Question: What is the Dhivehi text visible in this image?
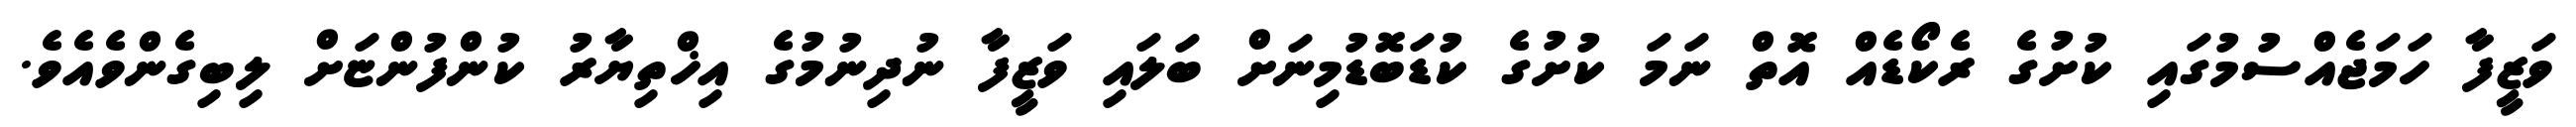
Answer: ވަޒީފާ ހަމަޖެއްސުމުގައި ކުށުގެ ރެކޯޑެއް އޮތް ނަމަ ކުށުގެ ކުޑަބޮޑުމިނަށް ބަލައި ވަޒީފާ ނުދިނުމުގެ އިޚްތިޔާރު ކުންފުންޏަށް ލިބިގެންވެއެވެ.